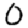
Digit: 0